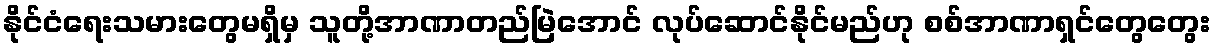
နိုင်ငံရေးသမားတွေမရှိမှ သူတို့အာဏာတည်မြဲအောင် လုပ်ဆောင်နိုင်မည်ဟု စစ်အာဏာရှင်တွေတွေး